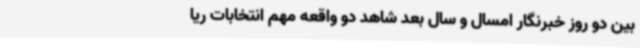
بین دو روز خبرنگار امسال و سال بعد شاهد دو واقعه مهم انتخابات ریا